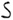
Text: S